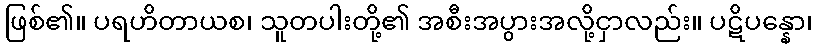
ဖြစ်၏။ ပရဟိတာယစ၊ သူတပါးတို့၏ အစီးအပွားအလို့ငှာလည်း။ ပဋိပန္နော၊